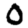
Digit: 0